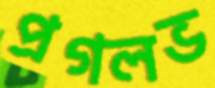
প্রগলভ